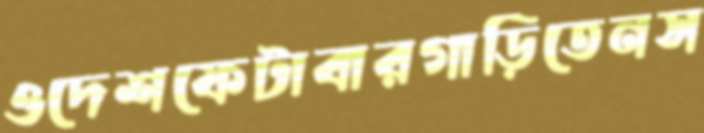
ওদেশফেটাবারগাড়িতেনস